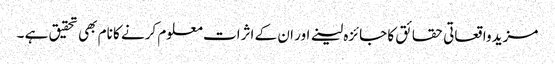
مزید واقعاتی حقائق کا جائزہ لینے اور ان کے اثرات معلوم کرنے کا نام بھی تحقیق ہے ۔